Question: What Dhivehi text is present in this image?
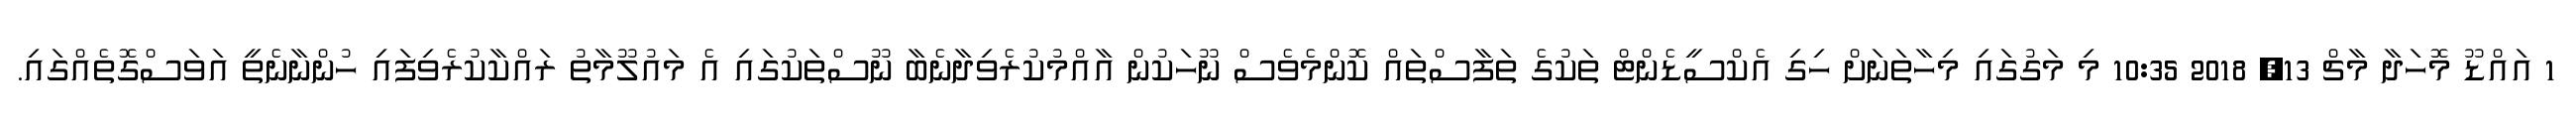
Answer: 1 އައްޑޫ މޮހަދާ މާޗް 13, 2018 10:35 މި މަގުގައި މިހާތަނަށް ހިގި އެކްސީޑެންޓް ތަކުގެ ތަފާސްތައް ކޮންމެވެސް ނޫހަކުން އާއްމުކުރެވިދާނެބާ ނޫސްތަކުގައި އެ މައުލޫމާތު ރައްކާކުރެވިފައި ހުންނާނެތީ އަވަސްގޮތެއްގައި.